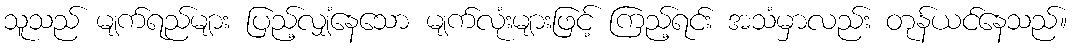
သူသည် မျက်ရည်များ ပြည့်လျှံနေသော မျက်လုံးများဖြင့် ကြည့်ရင်း အသံမှာလည်း တုန်ယင်နေသည်။